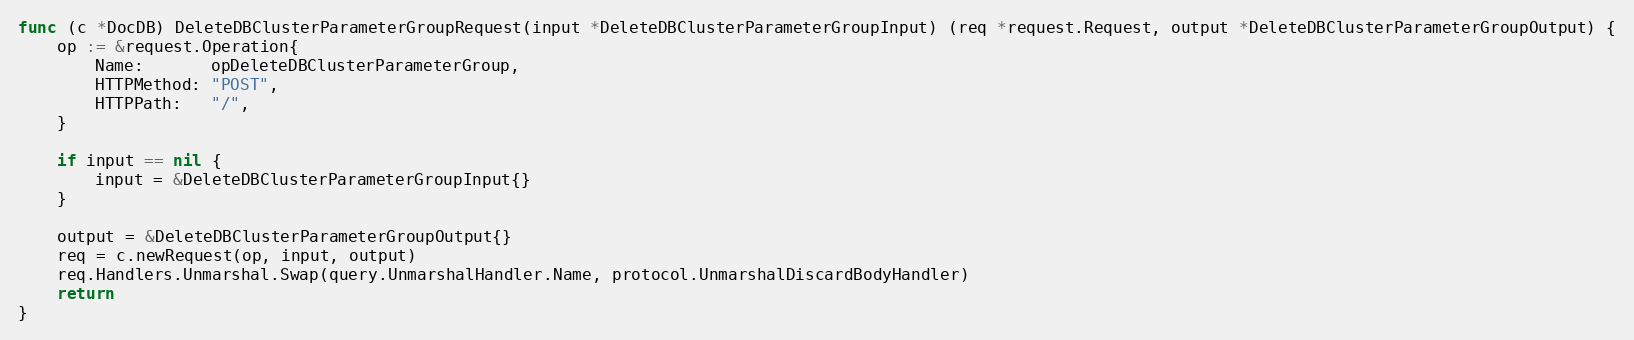
Language: Go
func (c *DocDB) DeleteDBClusterParameterGroupRequest(input *DeleteDBClusterParameterGroupInput) (req *request.Request, output *DeleteDBClusterParameterGroupOutput) {
	op := &request.Operation{
		Name:       opDeleteDBClusterParameterGroup,
		HTTPMethod: "POST",
		HTTPPath:   "/",
	}

	if input == nil {
		input = &DeleteDBClusterParameterGroupInput{}
	}

	output = &DeleteDBClusterParameterGroupOutput{}
	req = c.newRequest(op, input, output)
	req.Handlers.Unmarshal.Swap(query.UnmarshalHandler.Name, protocol.UnmarshalDiscardBodyHandler)
	return
}